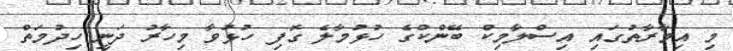
މި އިމާރާތުގައި އިސްލާމިކް ބޭންކްގެ ހުޅުމާލެ ގޮފި ހުޅުވާ މިހާރު ދަނީ ހިދުމަތް